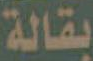
بقالة